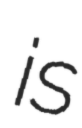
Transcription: is